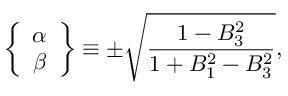
\left\{ \begin{array} { c } { { \alpha } } \\ { { \beta } } \end{array} \right\} \equiv \pm \sqrt \frac { 1 - B _ { 3 } ^ { 2 } } { 1 + B _ { 1 } ^ { 2 } - B _ { 3 } ^ { 2 } } ,